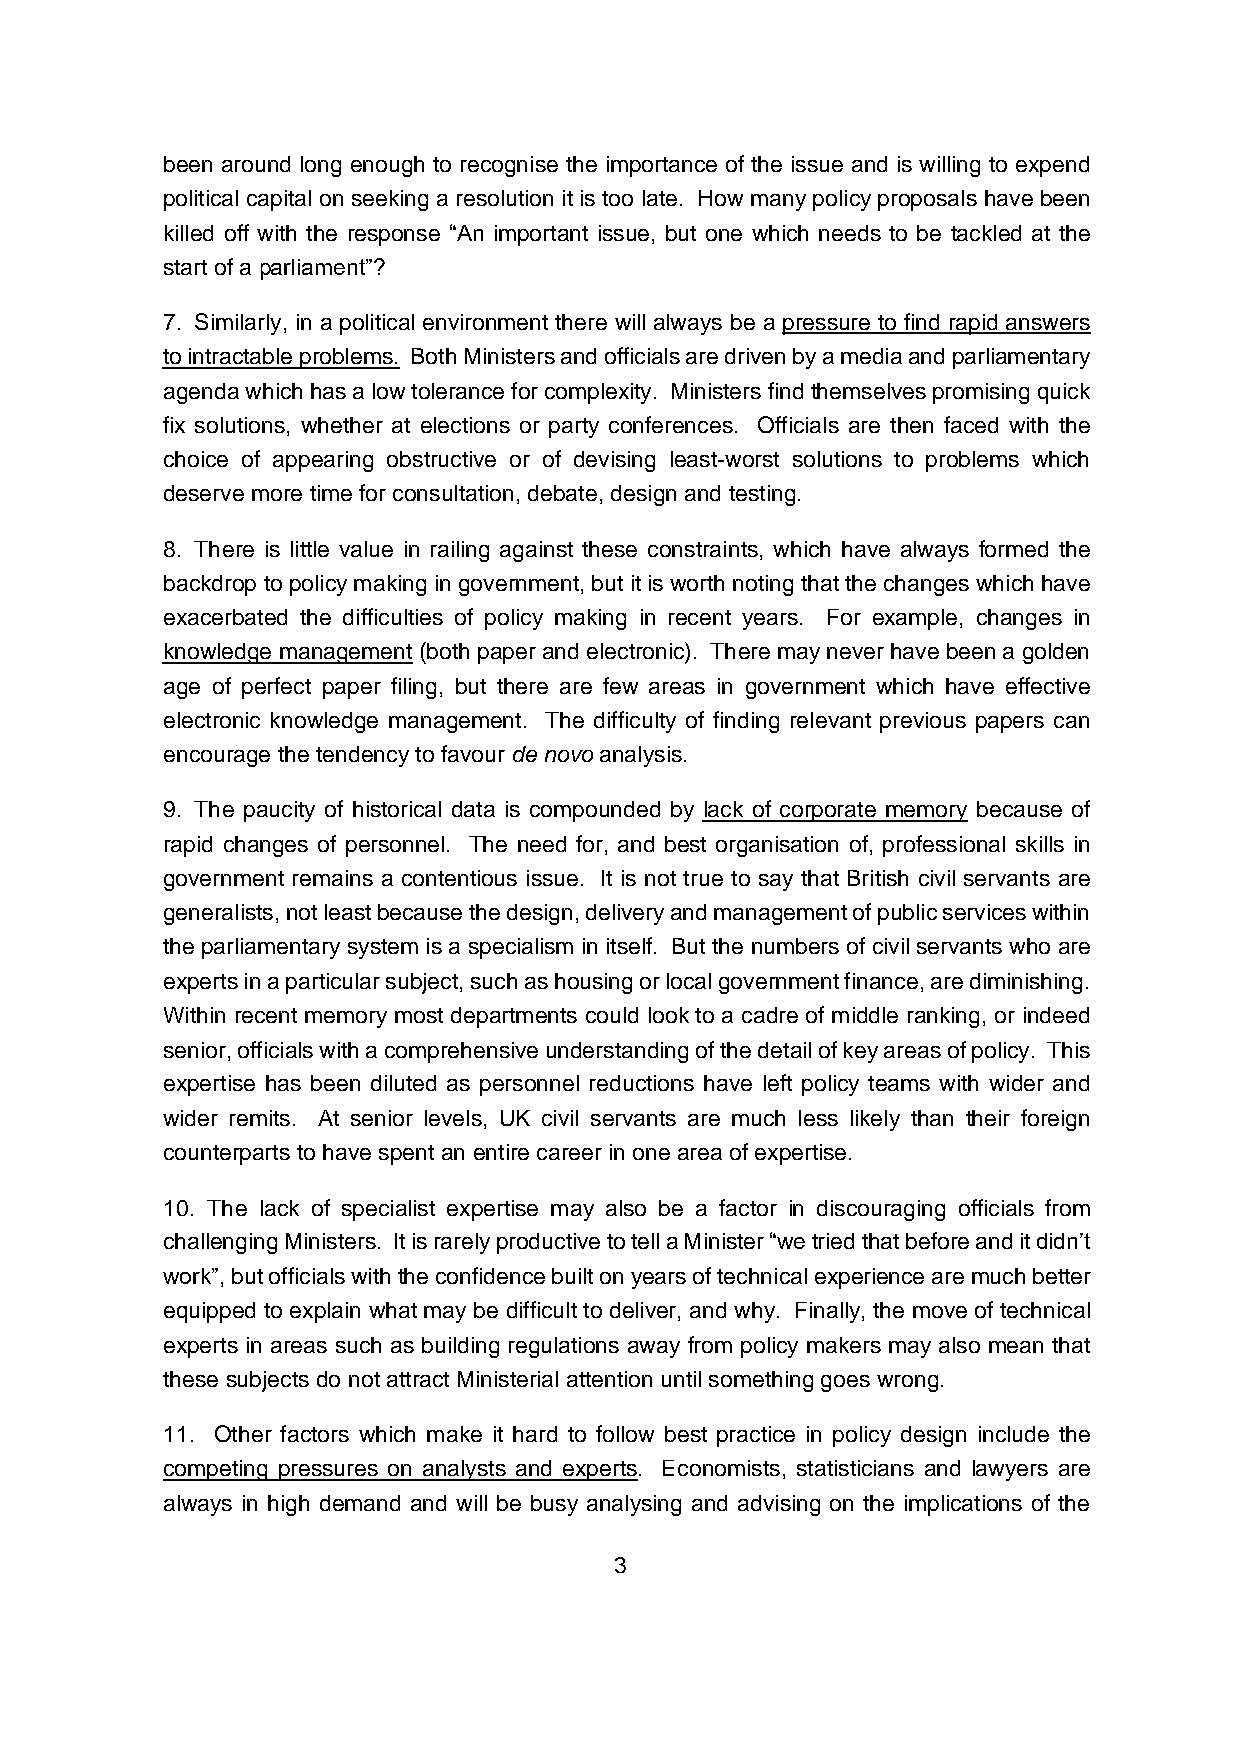
been around long enough to recognise the importance of the issue and is willing to expend
 political capital on seeking a resolution it is too late. How many policy proposals have been
 killed off with the response “An important issue, but one which needs to be tackled at the
 start of a parliament”?
 7. Similarly, in a political environment there will always be a pressure to find rapid answers
 to intractable problems. Both Ministers and officials are driven by a media and parliamentary
 agenda which has a low tolerance for complexity. Ministers find themselves promising quick
 fix solutions, whether at elections or party conferences. Officials are then faced with the
 choice of appearing obstructive or of devising least-worst solutions to problems which
 deserve more time for consultation, debate, design and testing.
 8. There is little value in railing against these constraints, which have always formed the
 backdrop to policy making in government, but it is worth noting that the changes which have
 exacerbated the difficulties of policy making in recent years. For example, changes in
 knowledge management (both paper and electronic). There may never have been a golden
 age of perfect paper filing, but there are few areas in government which have effective
 electronic knowledge management. The difficulty of finding relevant previous papers can
 encourage the tendency to favour de novo analysis.
 9. The paucity of historical data is compounded by lack of corporate memory because of
 rapid changes of personnel. The need for, and best organisation of, professional skills in
 government remains a contentious issue. It is not true to say that British civil servants are
 generalists, not least because the design, delivery and management of public services within
 the parliamentary system is a specialism in itself. But the numbers of civil servants who are
 experts in a particular subject, such as housing or local government finance, are diminishing.
 Within recent memory most departments could look to a cadre of middle ranking, or indeed
 senior, officials with a comprehensive understanding of the detail of key areas of policy. This
 expertise has been diluted as personnel reductions have left policy teams with wider and
 wider remits. At senior levels, UK civil servants are much less likely than their foreign
 counterparts to have spent an entire career in one area of expertise.
 10. The lack of specialist expertise may also be a factor in discouraging officials from
 challenging Ministers. It is rarely productive to tell a Minister “we tried that before and it didn’t
 work”, but officials with the confidence built on years of technical experience are much better
 equipped to explain what may be difficult to deliver, and why. Finally, the move of technical
 experts in areas such as building regulations away from policy makers may also mean that
 these subjects do not attract Ministerial attention until something goes wrong.
 11. Other factors which make it hard to follow best practice in policy design include the
 competing pressures on analysts and experts. Economists, statisticians and lawyers are
 always in high demand and will be busy analysing and advising on the implications of the
 3